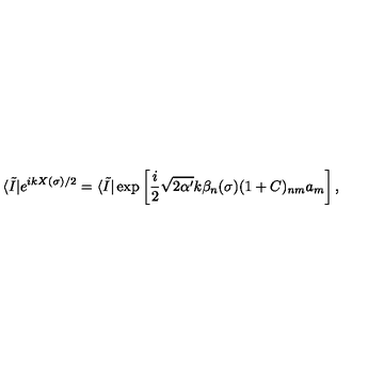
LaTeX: \langle \tilde { I } | e ^ { i k X ( \sigma ) / 2 } = \langle \tilde { I } | \exp \left[ { \frac { i } { 2 } } \sqrt { 2 \alpha ^ { \prime } } k \beta _ { n } ( \sigma ) ( 1 + C ) _ { n m } a _ { m } \right] ,